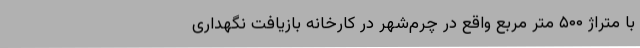
با متراژ ۵۰۰ متر مربع واقع در چرم‌شهر در کارخانه بازیافت نگهداری